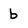
Character: b